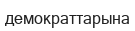
демократтарына